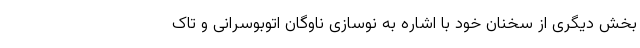
بخش دیگری از سخنان خود با اشاره به نوسازی ناوگان اتوبوسرانی و تاک